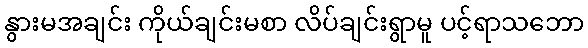
နွားမအချင်း ကိုယ်ချင်းမစာ လိပ်ချင်းရွာမူ ပင့်ရာသဘော